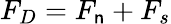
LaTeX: F_{D}=F_{\mathsf{n}}+F_{s}